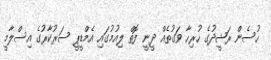
ހުސެން ރަޝީދުގެ ހުރިހާ ވަގުތެއް ދީނީ ފޮތް ލިއުމުގައި އެމްޑީޕީ ސަރުކާރުގެ އިސްލާމީ